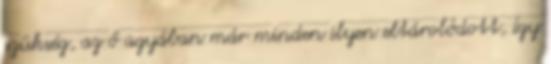
szükség, az ő agyában már minden ilyen eltárolódott, így